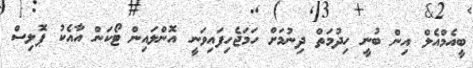
ބީއެމްއެލް އިން ބުނީ ހިދުމަތް ދިނުމަށް ހަމަޖެހިފައިވަނީ އޮންލައިން ޓޯކަން އާއެކު ޕޮލިސް